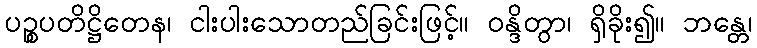
ပဉ္စပတိဋ္ဌိတေန၊ ငါးပါးသောတည်ခြင်းဖြင့်။ ဝန္ဒိတွာ၊ ရှိခိုး၍။ ဘန္တေ၊